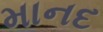
માનદ